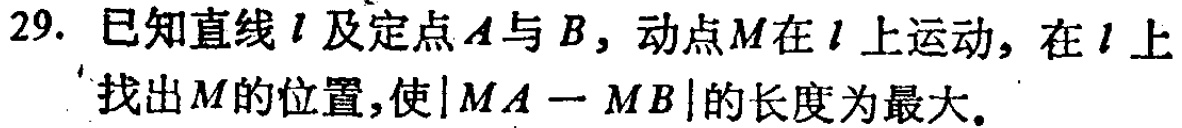
29. 已知直线\(l\)及定点\(A\)与\(B\)，动点\(M\)在\(l\)上运动，在\(l\)上找出\(M\)的位置，使\(\vert MA - MB\vert\)的长度为最大。